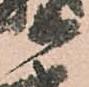
等